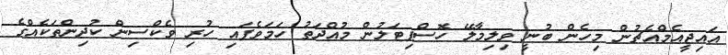
އައިޖީއެމްއެޗުން މިހެން ބުނީ ވިލިމާލޭ ހޮސްޕިޓަލުން މުއްދަތު ހަމަވެފައި ހުރި ވެކްސިން ކުދިންތަކެއްގެ